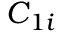
C _ { 1 i }